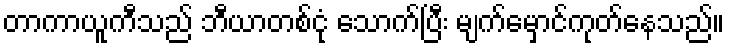
တာကာယူကီသည် ဘီယာတစ်ငုံ သောက်ပြီး မျက်မှောင်ကုတ်နေသည်။